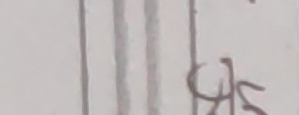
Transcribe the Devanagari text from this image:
हेछ